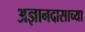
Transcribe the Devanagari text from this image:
अज्ञानदासाच्या